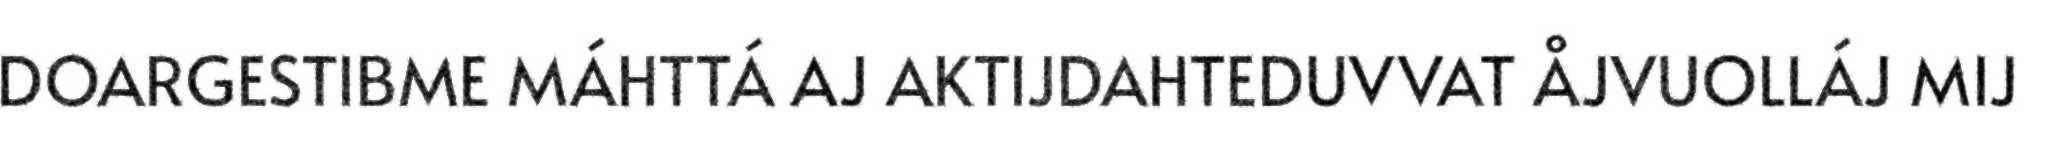
DOARGESTIBME MÁHTTÁ AJ AKTIJDAHTEDUVVAT ÅJVUOLLÁJ MIJ